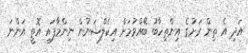
އަދި އެ ތިން ރަށުގެ އިންތިހާބު ބޭއްވުމަށް އިކެލްޝަނުން ނިންމާފައި އޮތީ އަންނަ